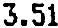
3.51